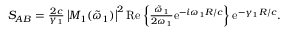
\begin{array} { r } { S _ { A B } = \frac { 2 c } { \gamma _ { 1 } } \left| M _ { 1 } ( \tilde { \omega } _ { 1 } ) \right| ^ { 2 } \mathrm { R e } \left\{ \frac { \tilde { \omega } _ { 1 } } { 2 \omega _ { 1 } } \mathrm { e } ^ { - i \omega _ { 1 } R / c } \right\} \mathrm { e } ^ { - \gamma _ { 1 } R / c } . } \end{array}